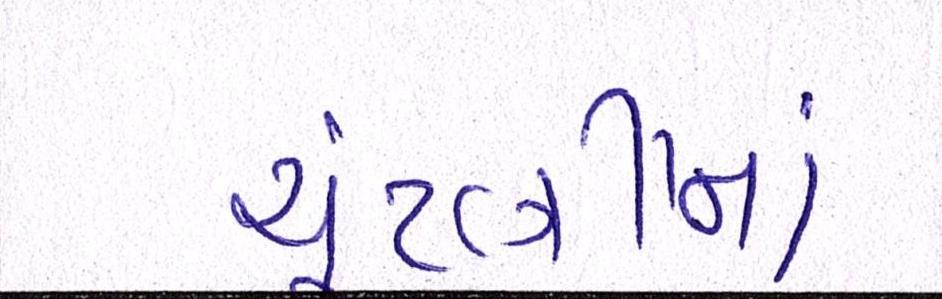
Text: ચૂંટણીમાં